Regulations for the medical services of the Army of India
Year: 1930
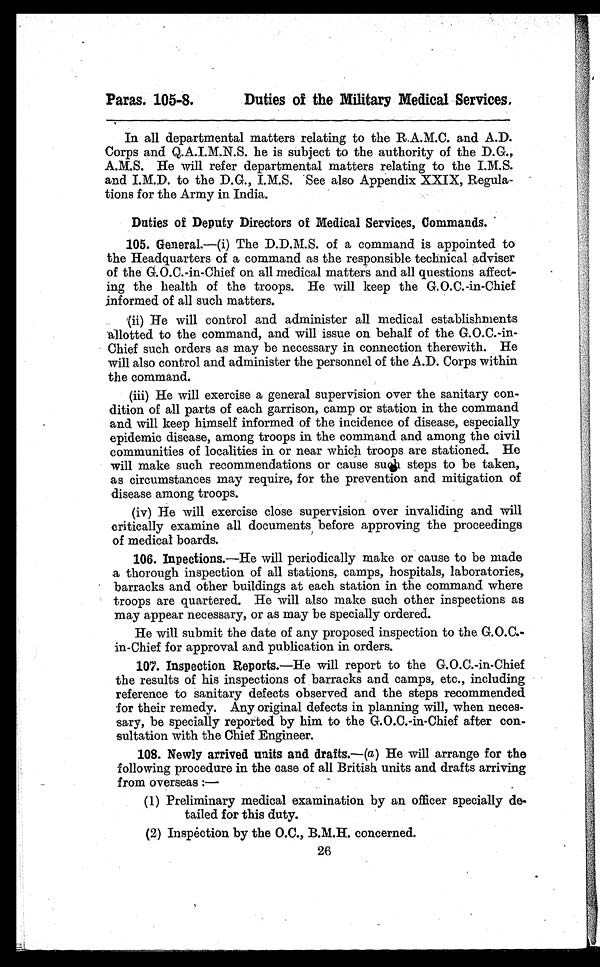
Paras. 105-8.
Duties of the Military Medical Services.
In all departmental matters relating to the R.A.M.C. and A.D.
Corps and Q.A.I.M.N.S. he is subject to the authority of the D.G.,
A.M.S. He will refer departmental matters relating to the I.M.S.
and I.M.D. to the D.G., I.M.S. See also Appendix XXIX, Regula-
tions for the Army in India.
Duties of Deputy Directors of Medical Services, Commands.
105. General.—(i) The D.D.M.S. of a command is appointed to
the Headquarters of a command as the responsible technical adviser
of the G.O.C.-in-Chief on all medical matters and all questions affect-
ing the health of the troops. He will keep the G.O.C.-in-Chief
informed of all such matters.
(ii) He will control and administer all medical establishments
allotted to the command, and will issue on behalf of the G.O.C.-in-
Chief such orders as may be necessary in connection therewith. He
will also control and administer the personnel of the A.D. Corps within
the command.
(iii) He will exercise a general supervision over the sanitary con-
dition of all parts of each garrison, camp or station in the command
and will keep himself informed of the incidence of disease, especially
epidemic disease, among troops in the command and among the civil
communities of localities in or near which troops are stationed. He
will make such recommendations or cause such steps to be taken,
as circumstances may require, for the prevention and mitigation of
disease among troops.
(iv) He will exercise close supervision over invaliding and will
critically examine all documents before approving the proceedings
of medical boards.
106. Inpections.—He will periodically make or cause to be made
a thorough inspection of all stations, camps, hospitals, laboratories,
barracks and other buildings at each station in the command where
troops are quartered. He will also make such other inspections as
may appear necessary, or as may be specially ordered.
He will submit the date of any proposed inspection to the G.O.C.-
-in-Chief for approval and publication in orders.
107. Inspection Reports.—He will report to the G.O.C.-in-Chief
the results of his inspections of barracks and camps, etc., including
reference to sanitary defects observed and the steps recommended
for their remedy. Any original defects in planning will, when neces-
sary, be specially reported by him to the G.O.C.-in-Chief after con-
sultation with the Chief Engineer.
108. Newly arrived units and drafts.—(a) He will arrange for the
following procedure in the case of all British units and drafts arriving
from overseas :—
-
(1) Preliminary medical examination by an officer specially de-
tailed for this duty.
(2) Inspection by the O.C., B.M.H. concerned.
26